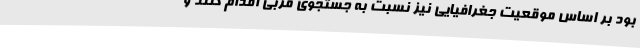
بود بر اساس موقعیت جغرافیایی نیز نسبت به جستجوی مربی اقدام کنند و